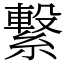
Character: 繋